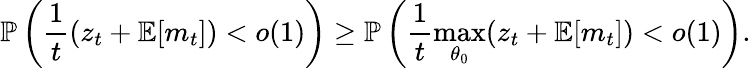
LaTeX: \mathbb{P}\left(\frac{1}{{t}}(z_{t}+\mathbb{E}[m_{t}])<o(1)\right)\geq\mathbb{P}\left(\frac{1}{{t}}\operatorname*{max}_{\theta_{0}}(z_{t}+\mathbb{E}[m_{t}])<o(1)\right).